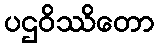
ပဌဝိဿိတော